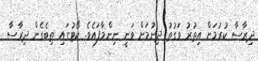
ދިރާސާ ކުރުމަށް އިތުރު ވަގުތު ދިނުމަށް ވަނީ ނިންމާފައެވެ. ކޯޓުގައި ތިބެގެން ދިރާސާ